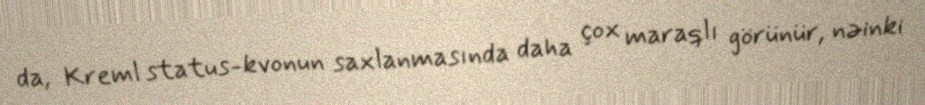
da, Kreml status-kvonun saxlanmasında daha çox maraqlı görünür, nəinki